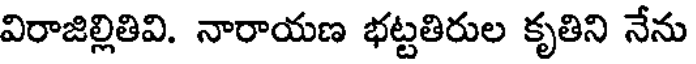
విరాజిల్లితివి. నారాయణ భట్టతిరుల కృతిని నేను